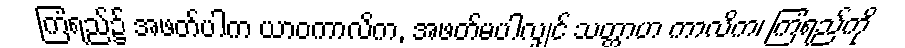
ကြံရည်၌ အဖတ်ပါက ယာဝကာလိက, အဖတ်မပါလျှင် သတ္တာဟ ကာလိက၊ ကြံရည်ကို